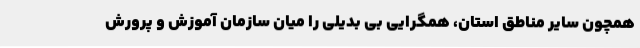
همچون سایر مناطق استان، همگرایی بی بدیلی را میان سازمان آموزش و پرورش